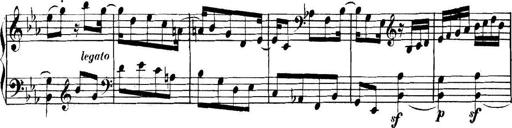
Title: Collected Piano Sonatas
Composer: Muzio Clementi